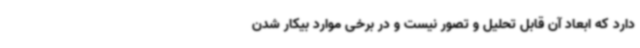
دارد که ابعاد آن قابل تحلیل و تصور نیست و در برخی موارد بیکار شدن